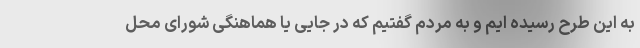
به این طرح رسیده ایم و به مردم گفتیم که در جایی یا هماهنگی شورای محل